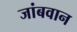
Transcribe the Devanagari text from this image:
जांबवान